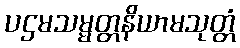
ပဌမသမ္မတ္တနိယာမသုတ္တံ